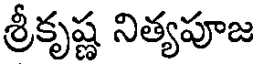
శ్రీకృష్ణ నిత్యపూజ